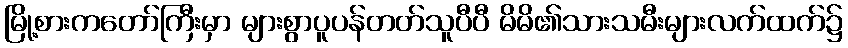
မြို့စားကတော်ကြီးမှာ များစွာပူပန်တတ်သူပီပီ မိမိ၏သားသမီးများလက်ထက်၌